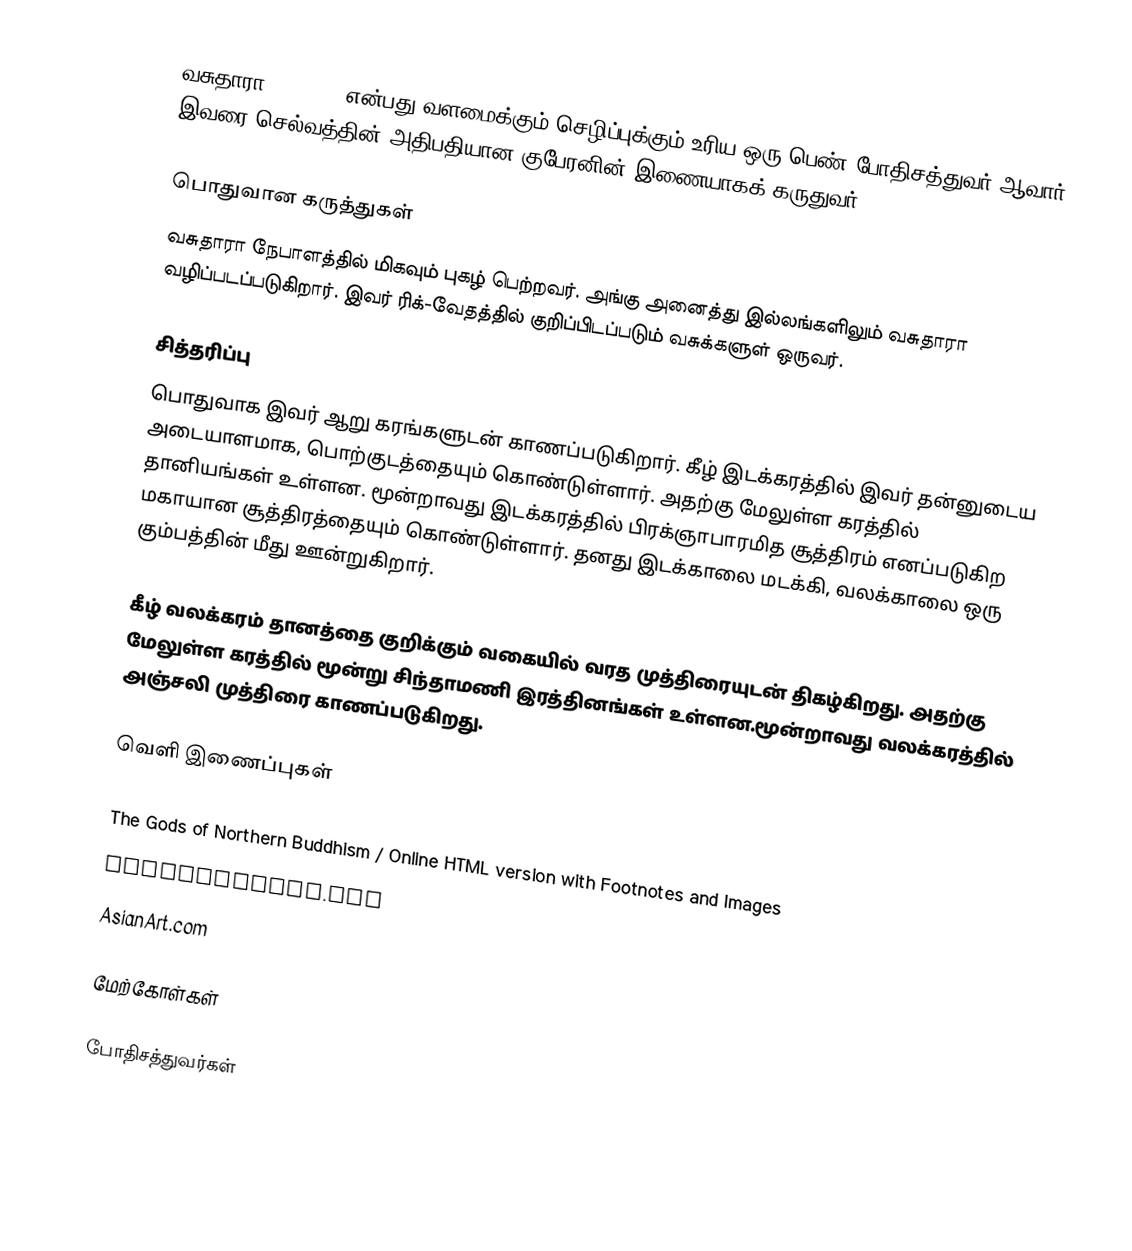
வசுதாரா(वसुधारा) என்பது வளமைக்கும் செழிப்புக்கும் உரிய ஒரு பெண் போதிசத்துவர் ஆவார். இவரை செல்வத்தின் அதிபதியான குபேரனின் இணையாகக் கருதுவர்.

பொதுவான கருத்துகள்
வசுதாரா நேபாளத்தில் மிகவும் புகழ் பெற்றவர். அங்கு அனைத்து இல்லங்களிலும் வசுதாரா வழிப்படப்படுகிறார். இவர் ரிக்-வேதத்தில் குறிப்பிடப்படும் வசுக்களுள் ஒருவர்.

சித்தரிப்பு
பொதுவாக இவர் ஆறு கரங்களுடன் காணப்படுகிறார். கீழ் இடக்கரத்தில் இவர் தன்னுடைய அடையாளமாக, பொற்குடத்தையும் கொண்டுள்ளார். அதற்கு மேலுள்ள கரத்தில் தானியங்கள் உள்ளன. மூன்றாவது இடக்கரத்தில் பிரக்ஞாபாரமித சூத்திரம் எனப்படுகிற மகாயான சூத்திரத்தையும் கொண்டுள்ளார். தனது இடக்காலை மடக்கி, வலக்காலை ஒரு கும்பத்தின் மீது ஊன்றுகிறார்.

கீழ் வலக்கரம் தானத்தை குறிக்கும் வகையில் வரத முத்திரையுடன் திகழ்கிறது. அதற்கு மேலுள்ள கரத்தில் மூன்று சிந்தாமணி இரத்தினங்கள் உள்ளன.மூன்றாவது வலக்கரத்தில் அஞ்சலி முத்திரை காணப்படுகிறது.

வெளி இணைப்புகள்

 The Gods of Northern Buddhism / Online HTML version with Footnotes and Images
 HimalayanArt.org
 AsianArt.com

மேற்கோள்கள்

போதிசத்துவர்கள்